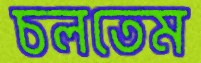
চলতেম